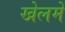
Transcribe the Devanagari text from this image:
खेलमें